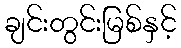
ချင်းတွင်းမြစ်နှင့်